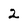
Character: 2